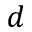
d